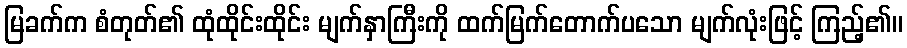
မြခက်က စံတုတ်၏ ထုံထိုင်းထိုင်း မျက်နှာကြီးကို ထက်မြက်တောက်ပသော မျက်လုံးဖြင့် ကြည့်၏။